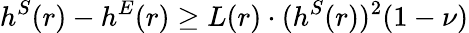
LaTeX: h^{S}(r)-h^{E}(r)\geq L(r)\cdot(h^{S}(r))^{2}(1-\nu)